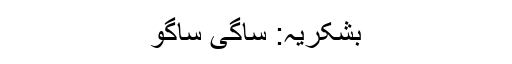
بشکریہ: ساگی ساگو